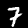
Label: 7